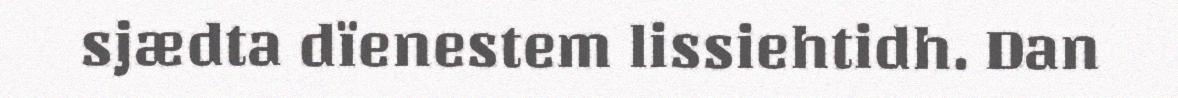
sjædta dïenestem lissiehtidh. Dan